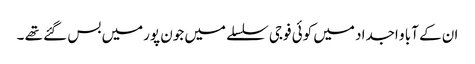
ان کے آبا و اجداد میں کوئی فوجی سلسلے میں جون پورمیں بس گئے تھے ۔